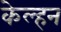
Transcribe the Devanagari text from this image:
केल्हन